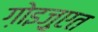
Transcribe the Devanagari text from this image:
ग़ोइज़ुएत